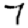
Digit: 7